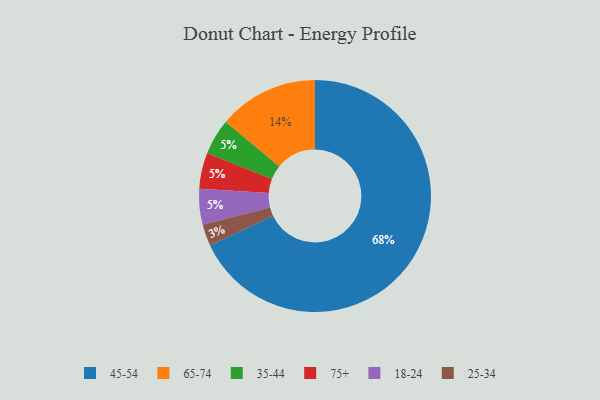
{"axis": {"x": "Category", "y": "Percentage"}, "legend": ["18-24", "25-34", "35-44", "45-54", "65-74", "75+"], "data": [{"x": "35-44", "y": 5, "type": "35-44"}, {"x": "65-74", "y": 14, "type": "65-74"}, {"x": "75+", "y": 5, "type": "75+"}, {"x": "18-24", "y": 5, "type": "18-24"}, {"x": "45-54", "y": 68, "type": "45-54"}, {"x": "25-34", "y": 3, "type": "25-34"}]}